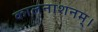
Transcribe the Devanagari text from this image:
कालनाशनम्।